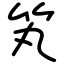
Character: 笂